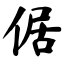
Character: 倨